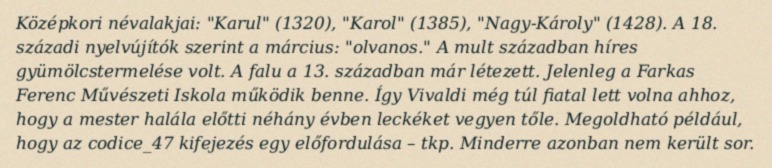
Középkori névalakjai: "Karul" (1320), "Karol" (1385), "Nagy-Károly" (1428). A 18. századi nyelvújítók szerint a március: "olvanos." A mult században híres gyümölcstermelése volt. A falu a 13. században már létezett. Jelenleg a Farkas Ferenc Művészeti Iskola működik benne. Így Vivaldi még túl fiatal lett volna ahhoz, hogy a mester halála előtti néhány évben leckéket vegyen tőle. Megoldható például, hogy az codice_47 kifejezés egy előfordulása – tkp. Minderre azonban nem került sor.